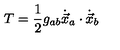
T = \frac { 1 } { 2 } g _ { a b } \dot { \vec { x } } _ { a } \cdot \dot { \vec { x } } _ { b }